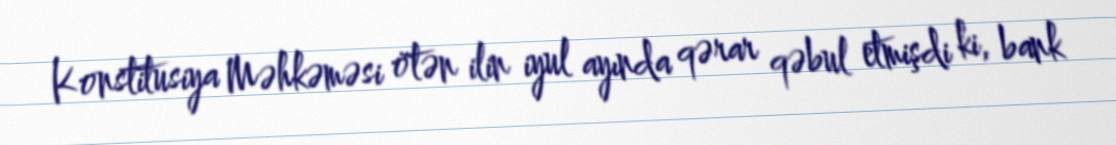
Konstitusiya Məhkəməsi ötən ilin iyul ayında qərar qəbul etmişdi ki, bank